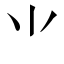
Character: ⺌